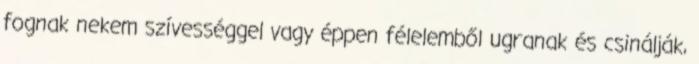
fognak nekem szívességgel vagy éppen félelemből ugranak és csinálják,